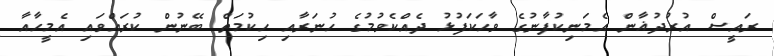
ރައީސް އުރުދުޣާން އެމަނިކުފާނުގެ ވާހަކަފުޅު ދެއްކެވުމުގެ ހުނަރާއި ހިކުމަތް ބޭނުން ކުރައްވައި އެމީހާއާ